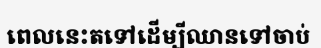
ពេលនេះតទៅដើម្បីឈានទៅចាប់